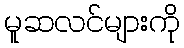
မူဆလင်များကို